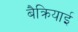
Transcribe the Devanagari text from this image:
बैक्रियाई